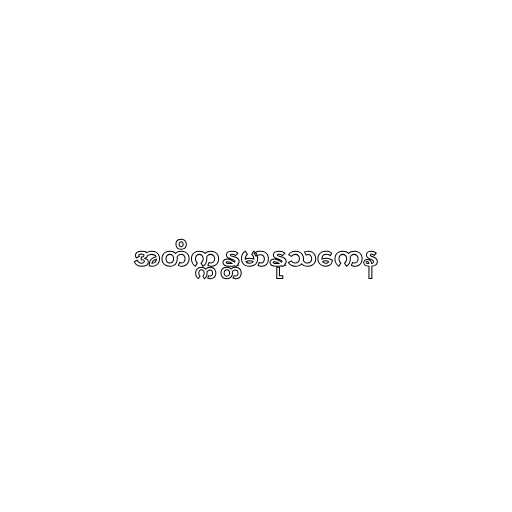
အတိက္ကန္တမာနုသကေန